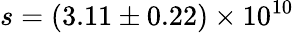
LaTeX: s=(3.11\pm 0.22)\times 10^{10}